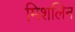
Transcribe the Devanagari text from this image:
मिशलिन